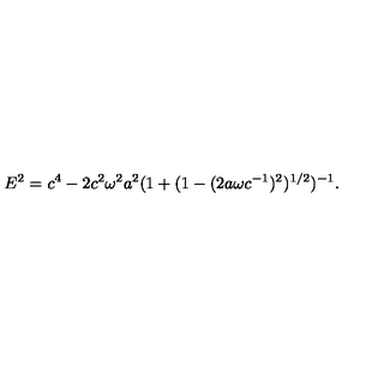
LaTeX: E ^ { 2 } = c ^ { 4 } - 2 c ^ { 2 } \omega ^ { 2 } a ^ { 2 } ( 1 + ( 1 - ( 2 a \omega c ^ { - 1 } ) ^ { 2 } ) ^ { 1 / 2 } ) ^ { - 1 } .